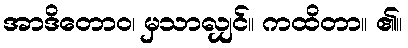
အာဒိတောဝ၊ မှသာလျှင်။ ကထိတာ။ ၏။